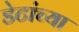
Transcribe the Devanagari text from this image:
डेटांच्या